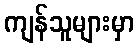
ကျန်သူများမှာ